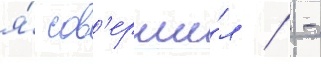
я́ сов'ерши́л / -